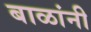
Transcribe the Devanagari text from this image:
बाळांनी